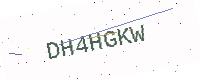
Text: DH4HGKW